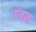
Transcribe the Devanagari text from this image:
एंडल